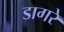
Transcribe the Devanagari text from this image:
डागरे